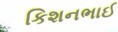
કિશનભાઈ